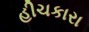
હીચકારા